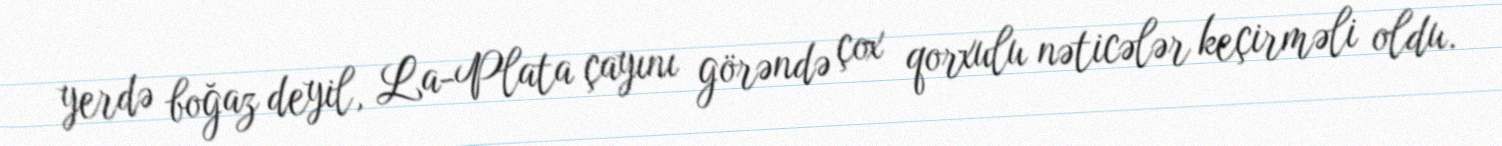
yerdə boğaz deyil, La-Plata çayını görəndə çox qorxulu nəticələr keçirməli oldu.